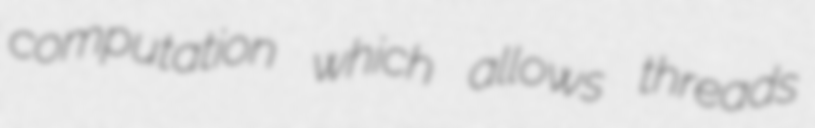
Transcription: computation which allows threads